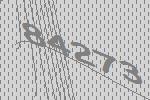
84273